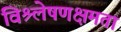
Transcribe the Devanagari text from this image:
विश्र्लेषणक्षमता